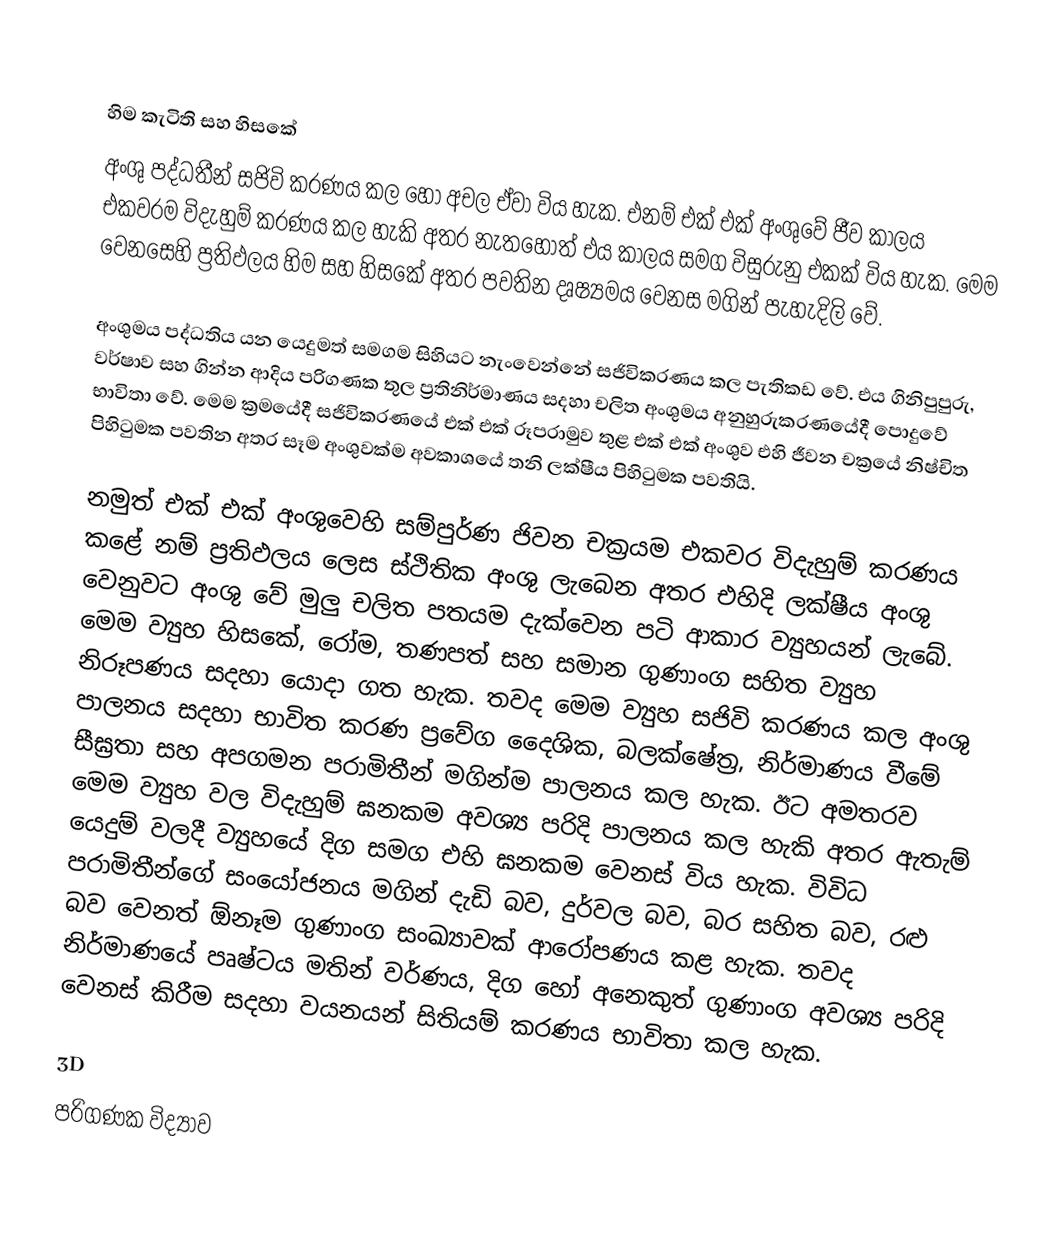

හිම කැටිති සහ හිසකේ
අංශු පද්ධතීන් සජිවි කරණය කල හෝ අචල ඒවා විය හැක. එනම් එක් එක් අංශුවේ ජීව කාලය  එකවරම විදැහුම් කරණය කල හැකි අතර නැතහොත් එය කාලය සමග විසුරුනු එකක් විය හැක. මෙම වෙනසෙහි ප්‍රතිඵලය හිම සහ හිසකේ අතර පවතින  දෘෂ්‍යමය වෙනස මගින් පැහැදිලි වේ.

අංශුමය පද්ධතිය යන යෙදුමත් සමගම සිහියට නැංවෙන්නේ සජිවිකරණය කල පැතිකඩ වේ. එය ගිනිපුපුරු, වර්ෂාව සහ ගින්න ආදිය පරිගණක තුල ප්‍රතිනිර්මාණය සදහා චලිත අංශුමය අනුහුරුකරණයේදී  පෙ‍ාදුවේ භාවිතා වේ. මෙම ක්‍රමයේදී සජිවිකරණයේ එක් එක් රූපරාමුව තුළ එක් එක් අංශුව එහි ජීවන චක්‍රයේ නිෂ්චිත පිහිටුමක පවතින අතර සෑම අංශුවක්ම අවකාශයේ තනි ලක්ෂීය පිහිටුමක පවතියි.

නමුත් එක් එක් අංශුවෙහි සම්පුර්ණ ජිවන චක්‍රයම එකවර විදැහුම් කරණය කළේ නම් ප්‍රතිඵලය ලෙස ස්ථිතික අංශු ලැබෙන අතර එහිදි ලක්ෂීය අංශු වෙනුවට අංශු වේ මුලු චලිත පතයම දැක්වෙන පටි ආකාර ව්‍යුහයන් ලැබේ. මෙම ව්‍යුහ හිසකේ, රෝම, තණපත් සහ සමාන ගුණාංග සහිත ව්‍යුහ නිරූපණය සදහා යොදා ගත හැක. තවද මෙම ව්‍යුහ සජිවි කරණය කල අංශු පාලනය සදහා භාවිත කරණ ප්‍රවේග දෛශික, බලක්ෂේත්‍ර, නිර්මාණය වීමේ සීඝ්‍රතා සහ අපගමන පරාමිතීන් මගින්ම පාලනය කල හැක.  ඊට අමතරව මෙම ව්‍යුහ වල විදැහුම් ඝනකම අවශ්‍ය පරිදි පාලනය කල හැකි අතර ඇතැම් යෙදුම් වලදී ව්‍යුහයේ දිග සමග එහි ඝනකම වෙනස් විය හැක. විවිධ පරාමිතීන්ගේ සංයෝජනය මගින් දැඩි බව, දුර්වල බව, බර සහිත බව, රළු බව වෙනත් ඕනෑම ගුණාංග සංඛ්‍යාවක් ආරෝපණය කළ හැක. තවද නිර්මාණයේ පෘෂ්ටය මතින් වර්ණය, දිග හෝ අනෙකුත් ගුණාංග අවශ්‍ය පරිදි වෙනස් කිරීම සදහා වයනයන් සිතියම් කරණය භාවිතා කල හැක.

3D
පරිගණක විද්‍යාව